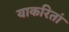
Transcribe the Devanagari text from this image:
याकरितां